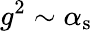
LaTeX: g^{2}\sim\alpha_{\mathrm{s}}